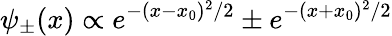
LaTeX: \psi_{\pm}(x)\propto e^{-(x-x_{0})^{2}/2}\pm e^{-(x+x_{0})^{2}/2}